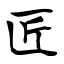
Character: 匠